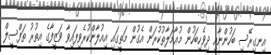
އިނގިރޭސި ބަހުންނާއި ދިވެހިބަހުން މުޢާމަލާތުކުރަން އެގުން މަތީގައި އިއުލާންކުރެވިފައިވާ ވަޒީފާގެ އިތުރު ތަފްސީލް